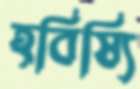
হবিষ্যি